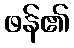
ဖန်၏